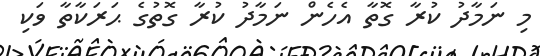
މި ނަމާދު ކުރާ ގޮތާ އެހެން ނަމާދު ކުރާ ގޮތުގެ ޙަރަކާތާ ވަކި